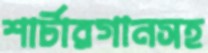
শার্টারগানসহ